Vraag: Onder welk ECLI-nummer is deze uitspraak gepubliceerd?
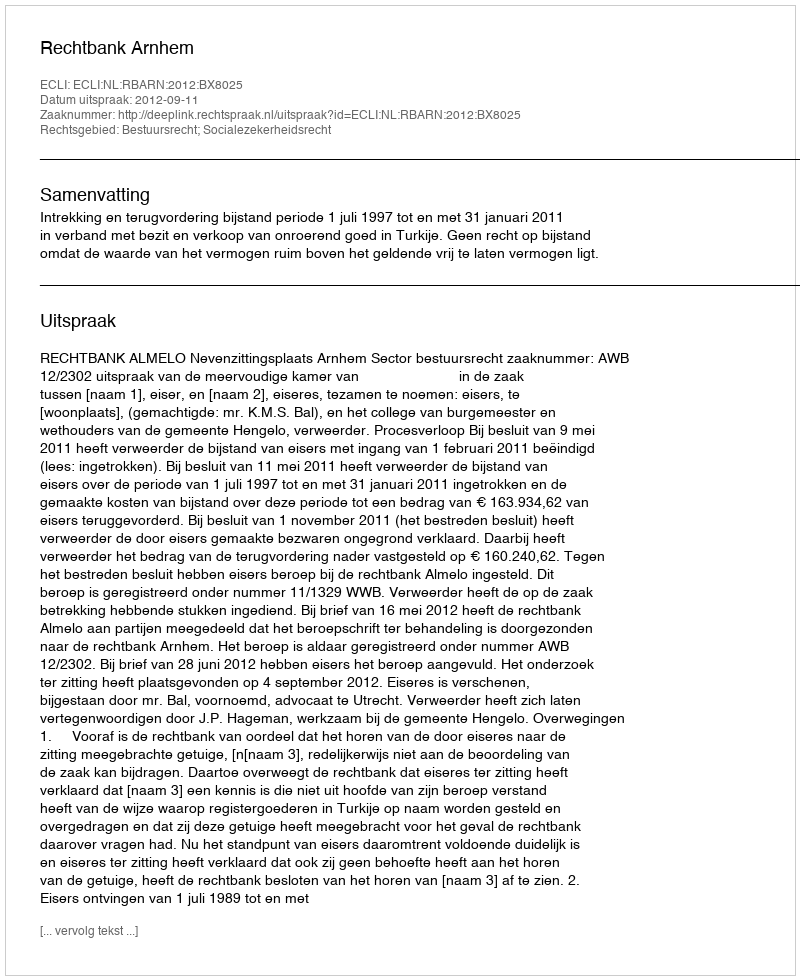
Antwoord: ECLI:NL:RBARN:2012:BX8025